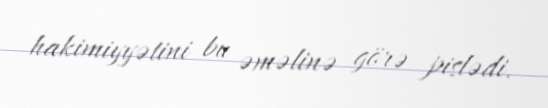
hakimiyyətini bu əməlinə görə pislədi.